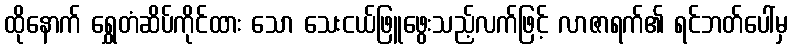
ထိုနောက် ရွှေတံဆိပ်ကိုင်ထား သော သေးငယ်ဖြူဖွေးသည့်လက်ဖြင့် လာဇာရက်၏ ရင်ဘတ်ပေါ်မှ